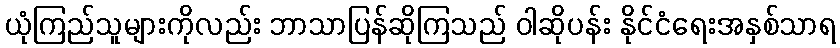
ယုံကြည်သူများကိုလည်း ဘာသာပြန်ဆိုကြသည် ဝါဆိုပန်း နိုင်ငံရေးအနှစ်သာရ